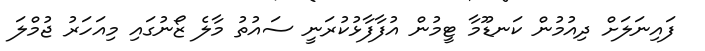
ފައިނަލަށް ދިއުމުން ކަނޑޫމާ ޓީމުން އުފާފާޅުކުރަނީ ސައުތު މާލެ ޒޯނުގައި މިއަހަރު ޖުމްލަ